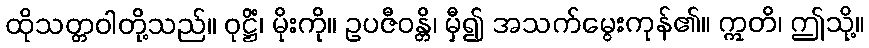
ထိုသတ္တဝါတို့သည်။ ဝုဋ္ဌိံ၊ မိုးကို။ ဥပဇီဝန္တိ၊ မှီ၍ အသက်မွေးကုန်၏။ ဣတိ၊ ဤသို့။